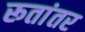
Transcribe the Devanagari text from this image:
रूतांतर